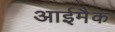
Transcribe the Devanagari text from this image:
आईमैक